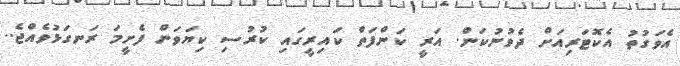
އެވަގުތު އެކޮޓަރިއަށް ދެވުނުކަން. އަރީ ކަންފަތް ކައިރީގައި ކުރުސި ކިޔަވަން ފެށީމަ ރަނގަޅުވެއްޖެ..